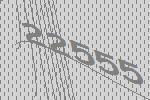
22555